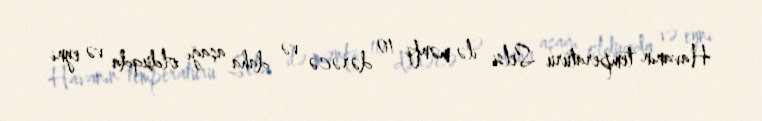
Havanın temperaturu Selsi ilə mənfi 10 dərəcə və daha aşağı olduqda və eyni